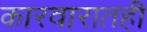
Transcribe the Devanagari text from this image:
कारवारातही